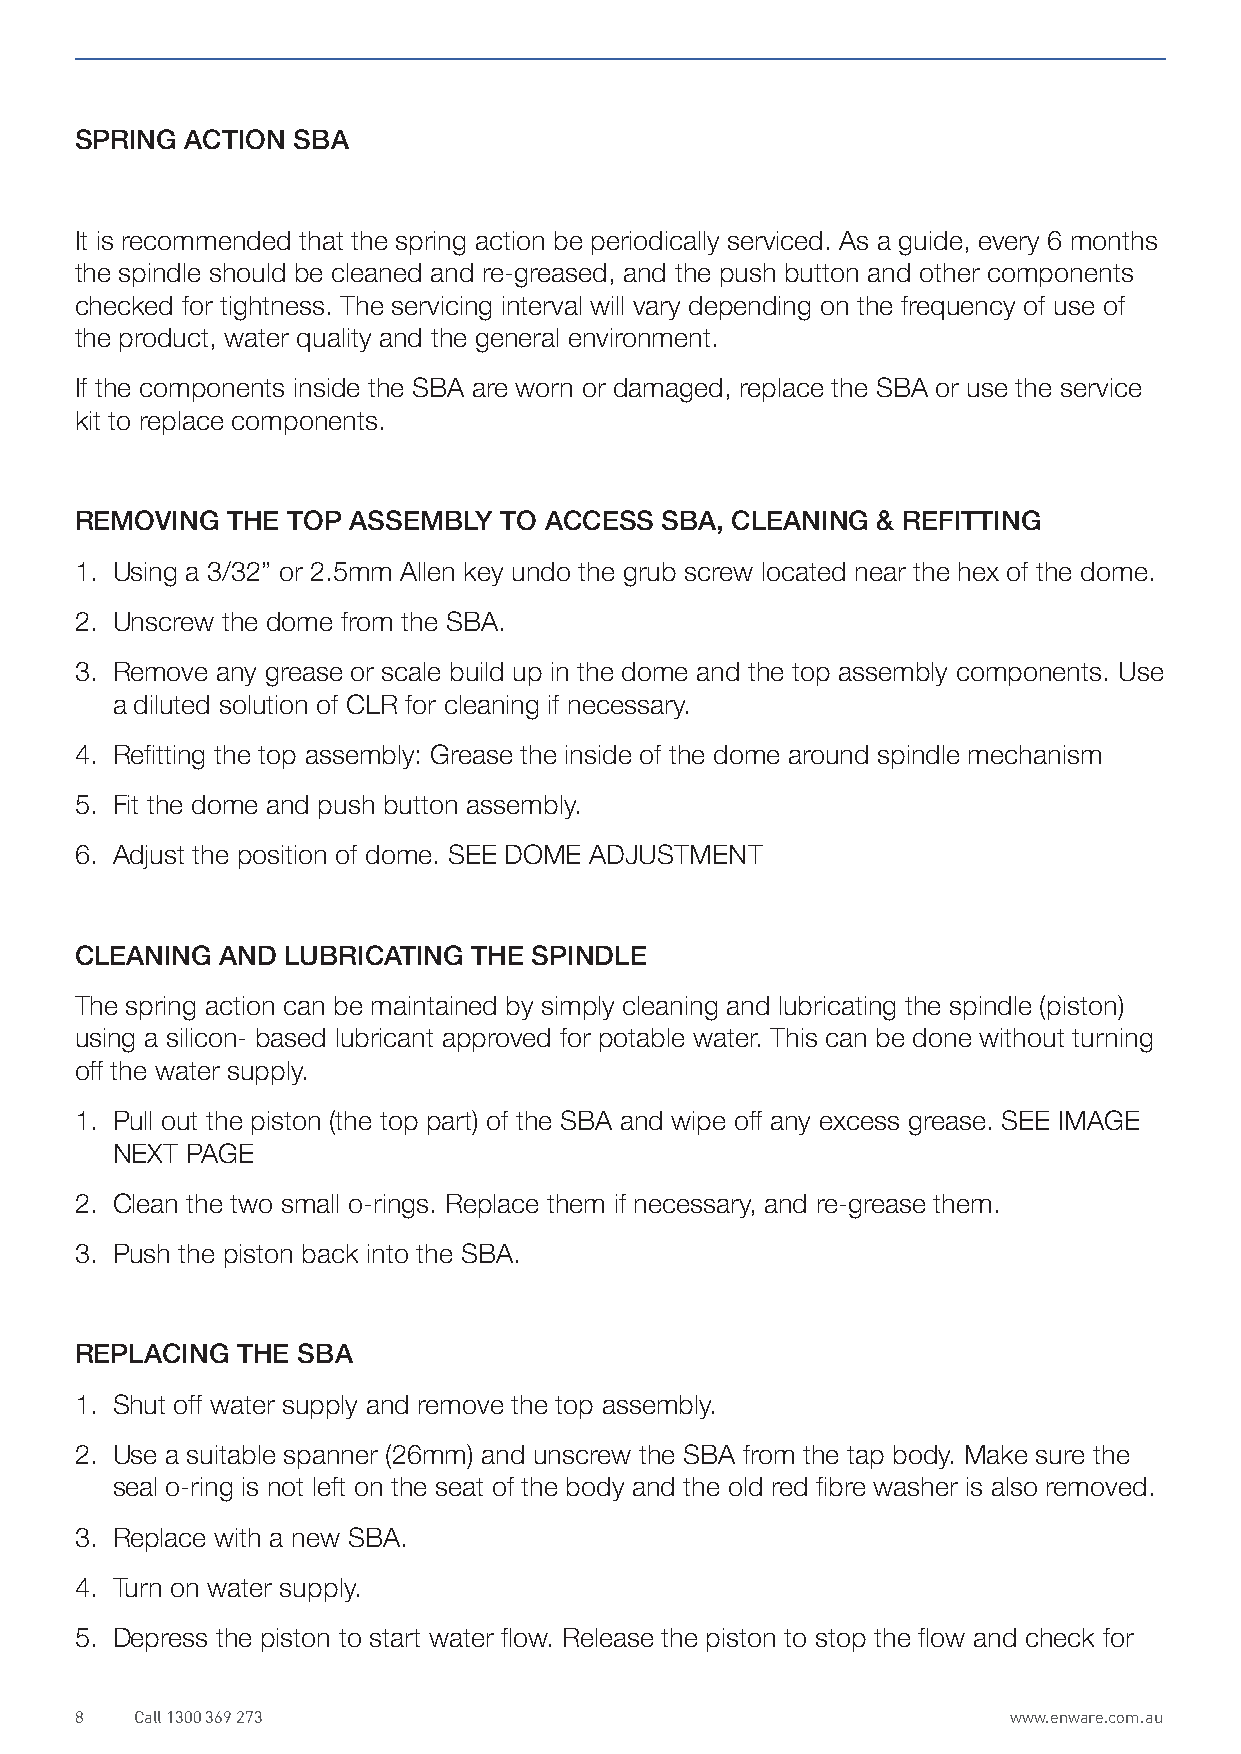
SPRING ACTION SBA
 It is recommended that the spring action be periodically serviced. As a guide, every 6 months
 the spindle should be cleaned and re-greased, and the push button and other components
 checked for tightness. The servicing interval will vary depending on the frequency of use of
 the product, water quality and the general environment.
 If the components inside the SBA are worn or damaged, replace the SBA or use the service
 kit to replace components.
 REMOVING  THE TOP ASSEMBLY  TO ACCESS  SBA, CLEANING & REFITTING
 1. Using a 3/32” or 2.5mm Allen key undo the grub screw located near the hex of the dome.
 2. Unscrew the dome from the SBA.
 3. Remove any grease or scale build up in the dome and the top assembly components. Use
 a diluted solution of CLR for cleaning if necessary.
 4. Refitting the top assembly: Grease the inside of the dome around spindle mechanism
 5. Fit the dome and push button assembly.
 6. Adjust the position of dome. SEE DOME ADJUSTMENT
 CLEANING  AND LUBRICATING THE SPINDLE
 The spring action can be maintained by simply cleaning and lubricating the spindle (piston)
 using a silicon- based lubricant approved for potable water. This can be done without turning
 off the water supply.
 1. Pull out the piston (the top part) of the SBA and wipe off any excess grease. SEE IMAGE
 NEXT PAGE
 2. Clean the two small o-rings. Replace them if necessary, and re-grease them.
 3. Push the piston back into the SBA.
 REPLACING  THE SBA
 1. Shut off water supply and remove the top assembly.
 2. Use a suitable spanner (26mm) and unscrew the SBA from the tap body. Make sure the
 seal o-ring is not left on the seat of the body and the old red fibre washer is also removed.
 3. Replace with a new SBA.
 4. Turn on water supply.
 5. Depress the piston to start water flow. Release the piston to stop the flow and check for
 8   Call 1300 369 273                                         www.enware.com.au